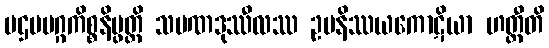
ပဌမမဂ္ဂကိစ္စနိပ္ဖတ္တိ သမဏဒုဿီလဿ ဥပနိဿယကောဋိယာ ဟတ္ထီတိ